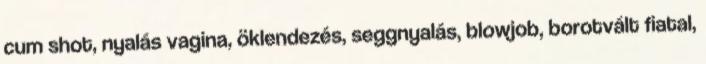
cum shot, nyalás vagina, öklendezés, seggnyalás, blowjob, borotvált fiatal,